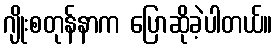
ဂျိုးစတုန်နာက ပြောဆိုခဲ့ပါတယ်။